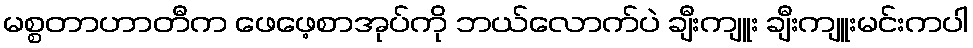
မစ္စတာဟာတီက ဖေဖေ့စာအုပ်ကို ဘယ်လောက်ပဲ ချီးကျူး ချီးကျူးမင်းကပါ